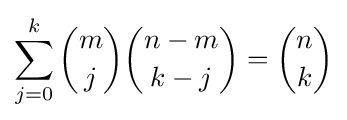
\sum _{j=0}^{k}{\binom {m}{j}}{\binom {n-m}{k-j}}={\binom {n}{k}}